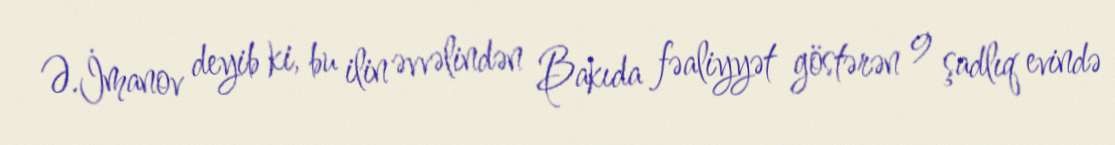
Ə.İmanov deyib ki, bu ilin əvvəlindən Bakıda fəaliyyət göstərən 9 şadlıq evində